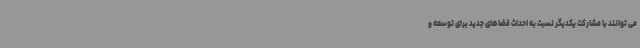
می توانند با مشارکت یکدیگر نسبت به احداث فضاهای جدید برای توسعه و